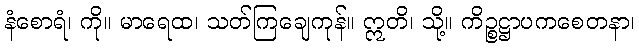
နံစောရံ၊ ကို။ မာရေထ၊ သတ်ကြချေကုန်။ ဣတိ၊ သို့။ ကိဉ္စဋ္ဌာပကစေတနာ၊